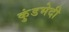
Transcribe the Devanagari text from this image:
कुंडभेदी